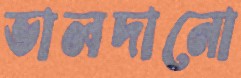
ভালদানো